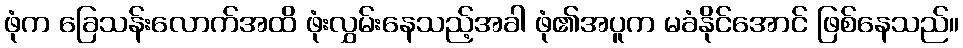
ဖုံက ခြေသန်းလောက်အထိ ဖုံးလွှမ်းနေသည့်အခါ ဖုံ၏အပူက မခံနိုင်အောင် ဖြစ်နေသည်။